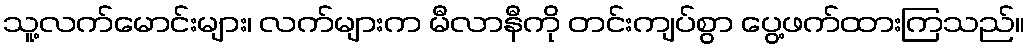
သူ့လက်မောင်းများ၊ လက်များက မီလာနီကို တင်းကျပ်စွာ ပွေ့ဖက်ထားကြသည်။